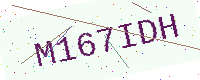
Text: M167IDH